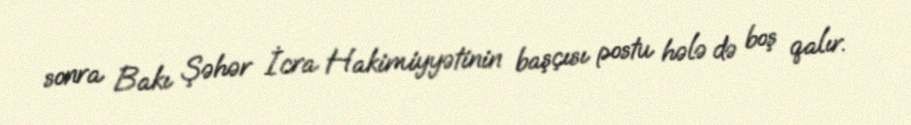
sonra Bakı Şəhər İcra Hakimiyyətinin başçısı postu hələ də boş qalır.